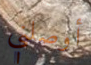
أوصلني